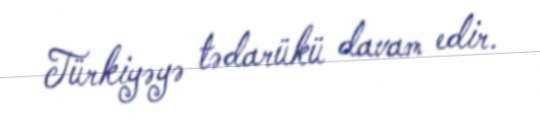
Türkiyəyə tədarükü davam edir.